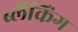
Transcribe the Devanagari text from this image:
ब्लैंकिंग